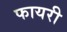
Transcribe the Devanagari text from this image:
फायरी